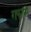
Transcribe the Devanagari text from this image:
गफास